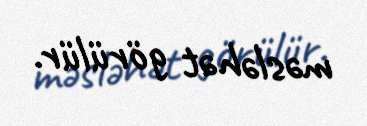
məsləhət görülür.